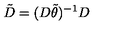
\tilde { D } = ( D \tilde { \theta } ) ^ { - 1 } D